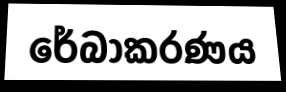
රේබාකරණය